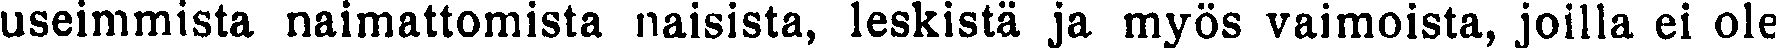
useimmista naimattomista naisista, leskistä ja myös vaimoista, joilla ei ole